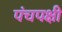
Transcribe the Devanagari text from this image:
पंचपक्षी